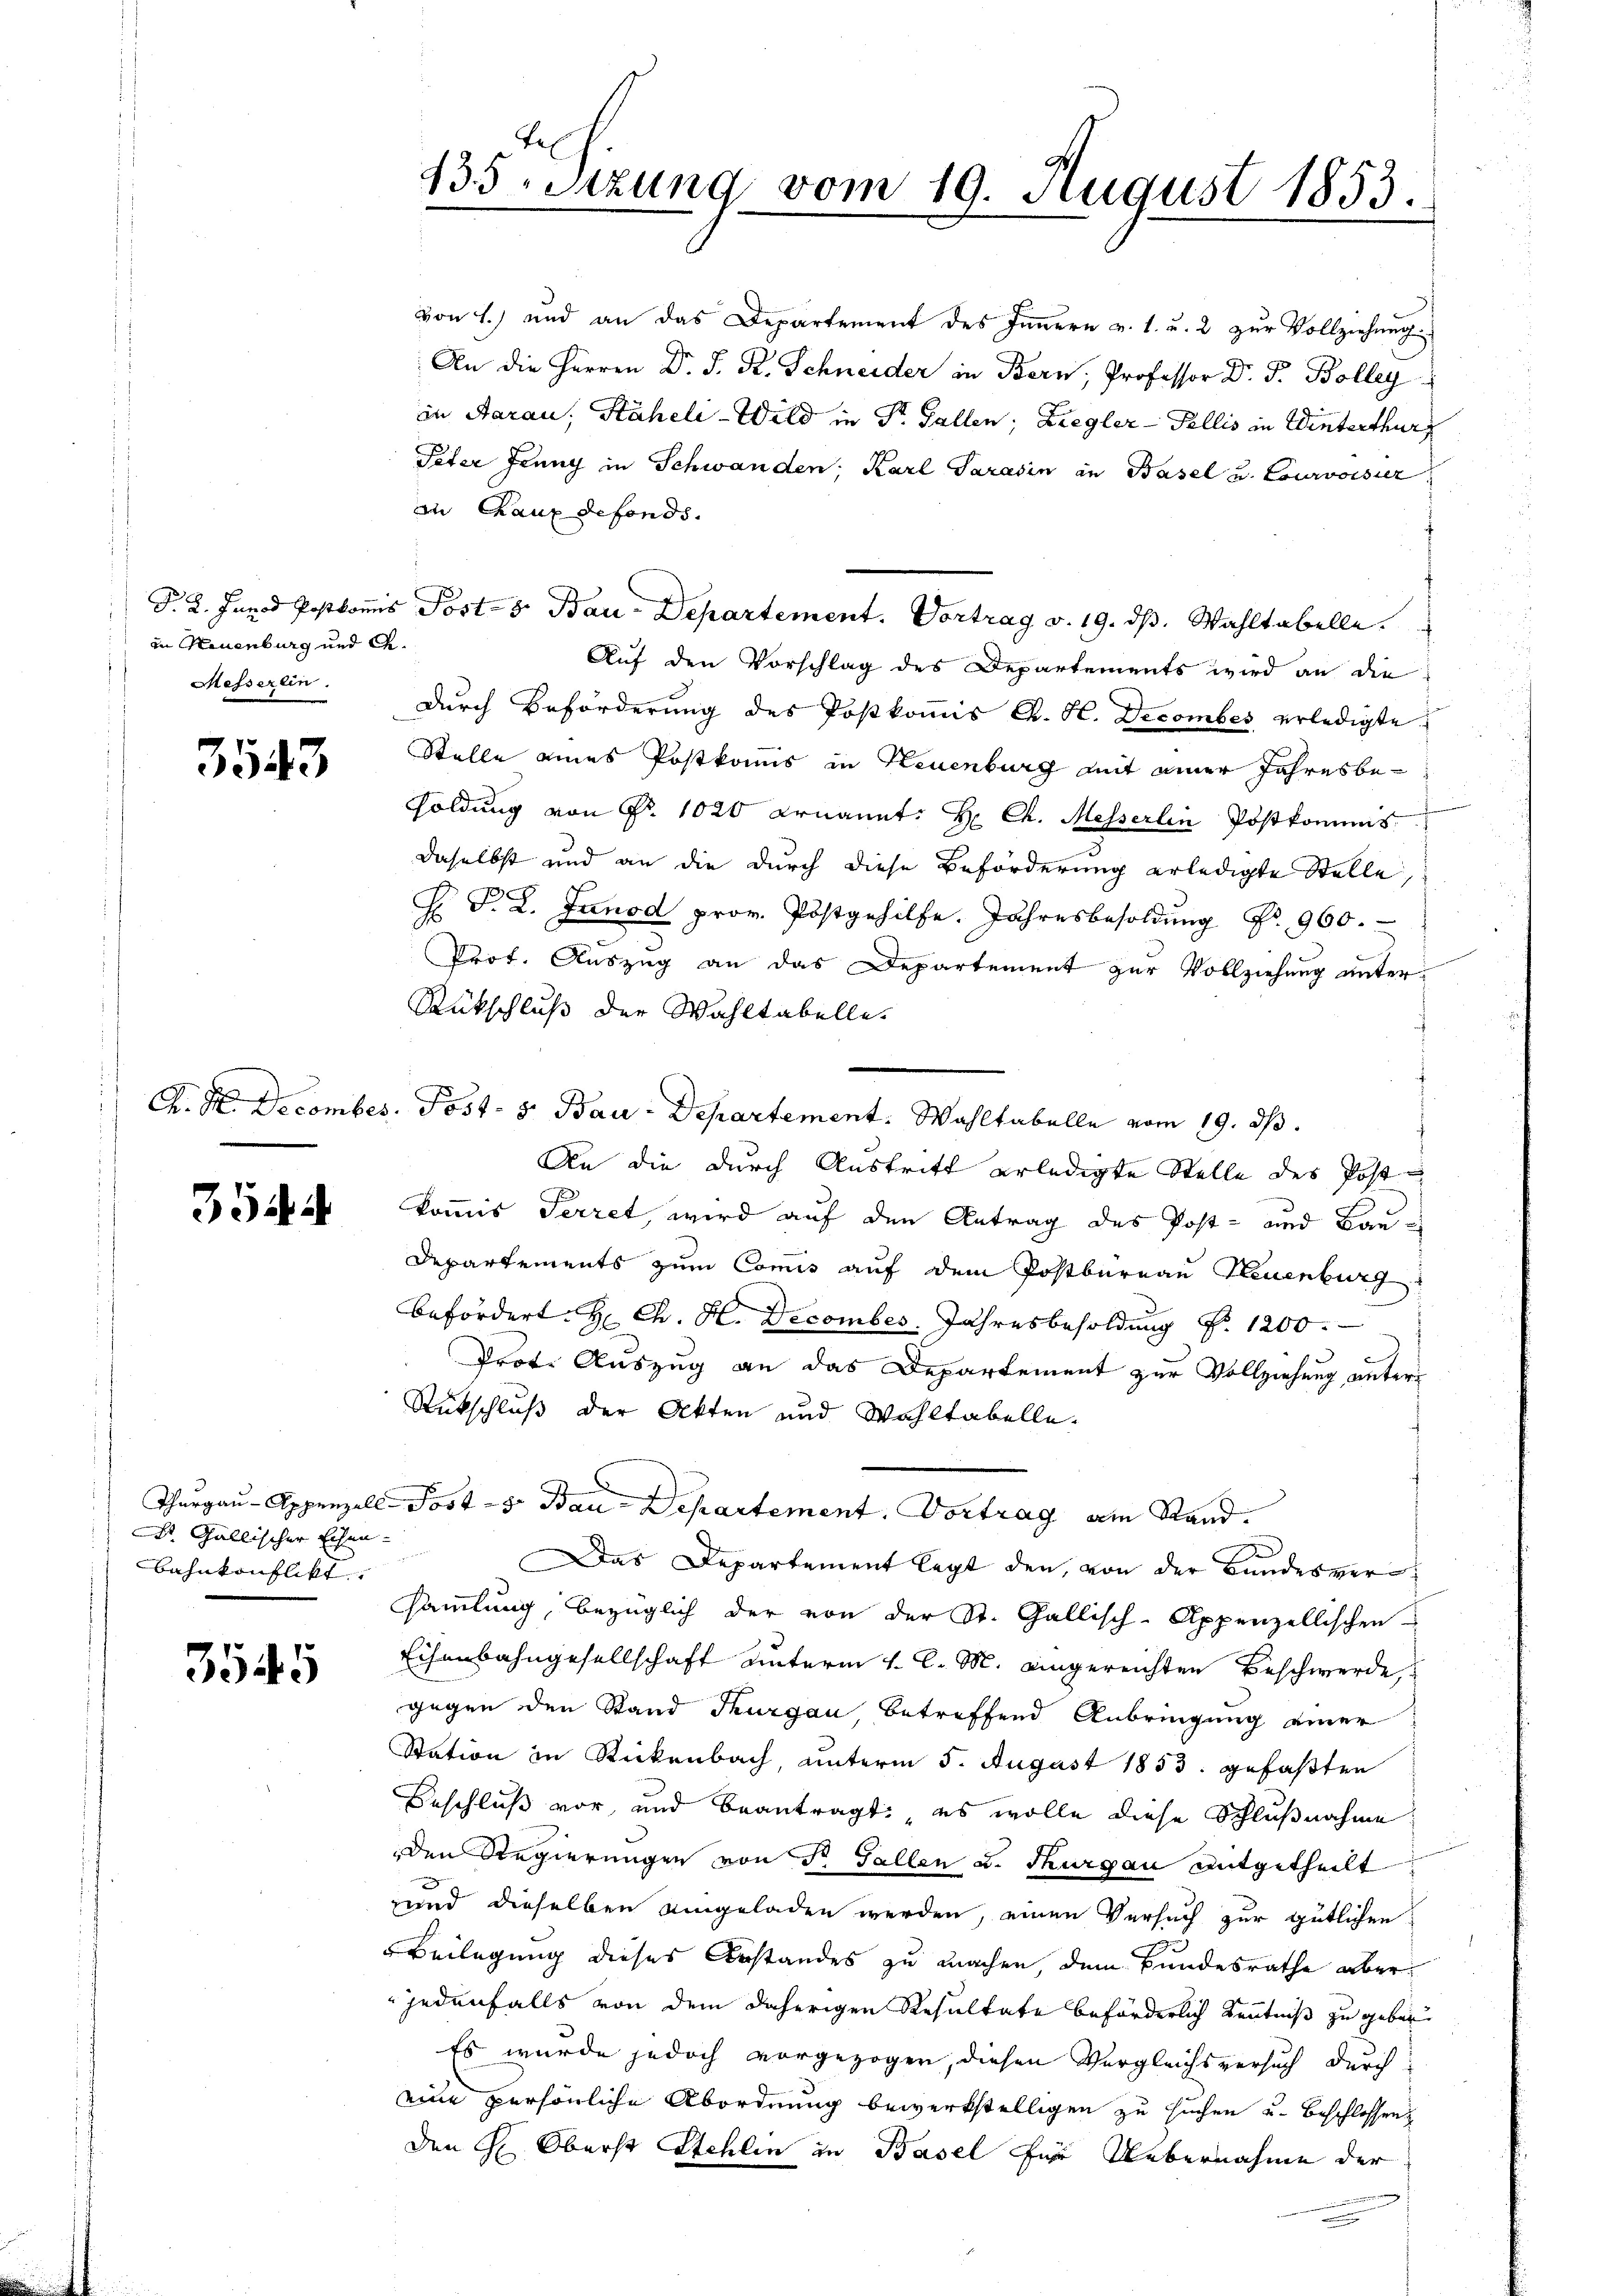
in Neuenburg und A.
Messerlin.

3543

354.

St. Gallischer Eisen-
Bahnkonflikt

3545

von 1.) und an das Departement des Innern v. 1. u. 2 zŭr Vollziehŭng
An die Herren Dr. S. R. Schneider in Bern, Professor Dr. J. Bolleg
in Aarau, Stäheli-Wild in Dr. Gallen; Ziegler-Fellis in Winterthur
Peter Juny in Schwanden; Karl Sarasin in Basel u. Courvoisier
an Chaux defonds.
J. 2. Janod Postkomis Post-8 Bau Departement. Vortrag v. 19. dβ. Wahltabelle.
Auf den Vorschlag des Departements wird an die
durch Beförderung des Poskoṁis C. H. December erledigte
Stelle eines Postkomis in Neuenburg mit einer Jahresbe¬
Foldung von Fr. 1020 ernannt: H: Ch. Messerlin Postkommis
daselbst und an die durch diese Beförderung erledigte Stelle,
D
J. F. L. Junod prov. Postgehilfe. Jahresbesoldung Nr. 960.
Prot. Auszug an das Departement zur Vollziehung unter¬
Rückschluß der Wahltabelle.
A. M. December. Post- & Bau-Departement. Wahltabelle vom 19. ds.
An die durch Austritt erledigte Stelle des Post
kommis Perret, wird auf den Antrag des Post- und Bau¬
Departements zum Comis auf dem Postbureau Neuenburg
befördert. H. Ch. H. Decomber. Jahresbesoldung Nr. 1200.
Prot. Auszug an das Departement zur Vollziehung unter¬
Rückschluß der Akten und Wahltabelle¬
Thurgau-Appenzell-Post - 5. Bau-Departement. Vortrag am Stand.
Das Departement legt den von der Bundesversammlung, bezüglich der von der St. Gallisch-Appenzellischen
Eisenbahngesellschaft unterm 4. C. M. eingereichten Beschwerde,
gegen den Stand Thurgau, betreffend Anbringung einer
Station in Stickenbach, unterm 5. August 1853 gefaßten
Beschluß vor, und beantragt: es wolle diese Schlußnahme
den Regierungen von d. Fallen u. Thurgau mitgetheilt
und dieselben eingeladen werden, einen Versuch zur gütlichen
Beilegung dieses Anstandes zu machen, dem Bundesrathe aber¬
 jedenfalls von dem daherigen Resultate beförderlich Kenntniß zu geben
Es wurde jedoch vorgezogen, diesen Vergleichsversuch durch
eine persönliche Abordnung bewerkstelligen zu suchen u. beschlossen
den H. Oberst Stehlin in Basel für Uebernahme der

135. Sitzung vom 19. August 1853.